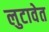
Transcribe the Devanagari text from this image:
लुटावेत